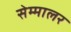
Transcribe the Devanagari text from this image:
सेम्मालर